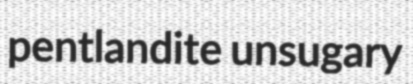
pentlandite unsugary